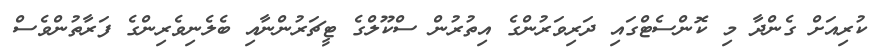
ކުރިއަށް ގެންދާ މި ކޮންސެޓްގައި ދަރިވަރުންގެ އިތުރުން ސްކޫލްގެ ޓީޗަރުންނާއި ބެލެނިވެރިންގެ ފަރާތުންވެސް